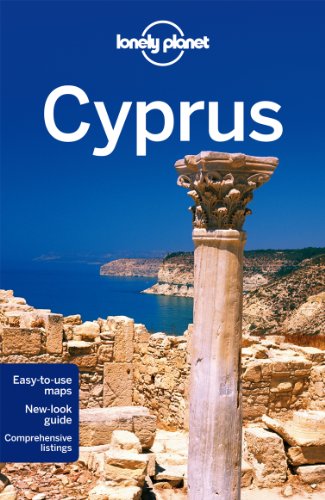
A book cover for Lonely Planet Cyprus (Travel Guide); Lonely Planet; Travel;